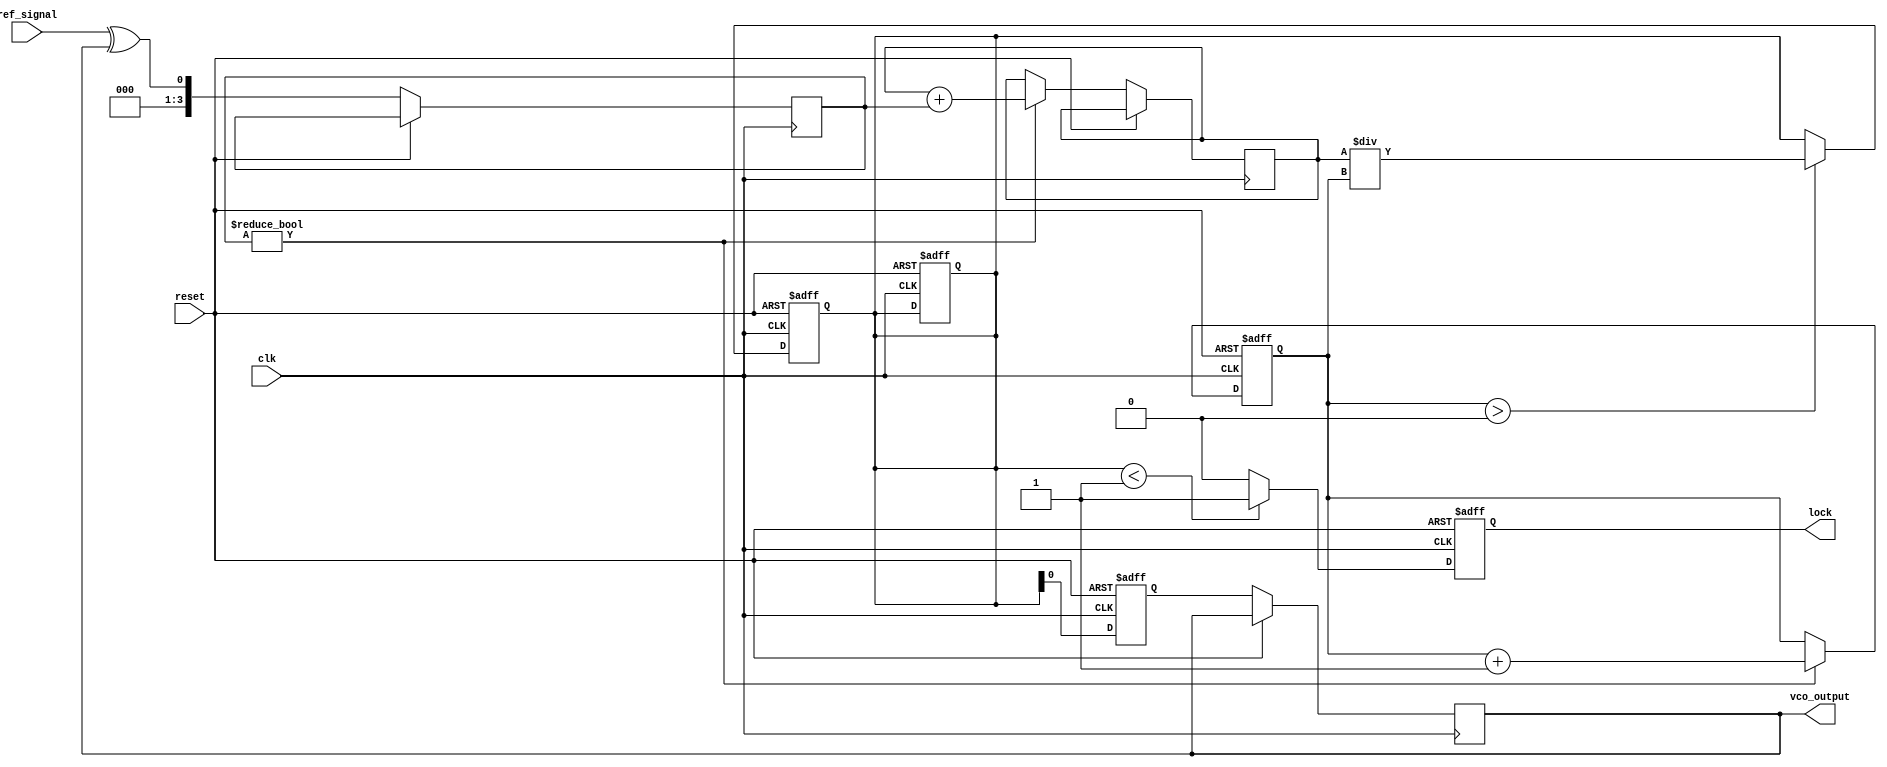
module MemoryBlocksDiscreteTimePLL (
    input wire clk,               // System clock
    input wire reset,             // Asynchronous reset
    input wire ref_signal,        // Reference input signal
    output wire vco_output,       // Output of the VCO
    output reg lock               // PLL lock status
);

    // Parameters
    parameter MEMORY_SIZE = 16;   // Size of the memory block
    parameter PHASE_THRESHOLD = 1; // Threshold for lock detection

    // Internal signals
    reg [MEMORY_SIZE-1:0] phase_error_memory; // Memory block for phase errors
    reg [MEMORY_SIZE-1:0] phase_error_filtered; // Filtered phase error signal
    wire [3:0] phase_error;      // Phase error signal from the PD
    wire control_voltage;         // Control voltage for the VCO
    reg [3:0] vco_frequency;      // Frequency control for VCO
    reg [3:0] phase_error_sum;    // Sum of stored phase errors
    reg [3:0] phase_error_count;  // Count of valid phase errors

    // Phase Detector (PD)
    always @(posedge clk or posedge reset) begin
        if (reset) begin
            phase_error_memory <= 0;
            phase_error_filtered <= 0;
            phase_error_count <= 0;
        end else begin
            // Assume some logic to compute phase error
            phase_error <= ref_signal ^ vco_output; // Simple XOR to simulate phase error
            if (phase_error) begin
                // Store phase error in memory
                phase_error_memory <= {phase_error_memory[MEMORY_SIZE-2:0], phase_error};
                phase_error_sum <= phase_error_sum + phase_error;
                phase_error_count <= phase_error_count + 1;
            end
        end
    end

    // Loop Filter (LF)
    always @(posedge clk or posedge reset) begin
        if (reset) begin
            phase_error_filtered <= 0;
        end else begin
            // Simple averaging filter
            if (phase_error_count > 0) begin
                phase_error_filtered <= phase_error_sum / phase_error_count;
            end
        end
    end

    // Voltage-Controlled Oscillator (VCO)
    always @(posedge clk or posedge reset) begin
        if (reset) begin
            vco_frequency <= 0;
            lock <= 0;
        end else begin
            // Control Voltage to VCO
            vco_frequency <= phase_error_filtered; // Direct control for simplicity
            vco_output <= vco_frequency; // Output frequency based on control voltage
            
            // Lock detection
            if (phase_error_filtered < PHASE_THRESHOLD) begin
                lock <= 1; // PLL is locked
            end else begin
                lock <= 0; // PLL is not locked
            end
        end
    end

endmodule